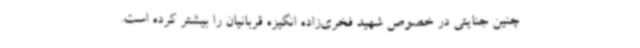
چنین جنایتی در خصوص شهید فخری‌زاده انگیزه قربانیان را بیشتر کرده است.